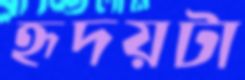
হৃদয়টা